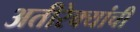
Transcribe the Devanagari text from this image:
अतीरेक्यांची